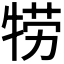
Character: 𤙯